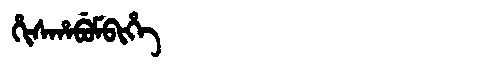
Manchu: ᡥᡳᠰᡥᠠᠪᡠᠮᠪᡳᡥᡝ
Romanization: HISHABUMBIHE